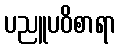
ပညူပဝိစာရာ